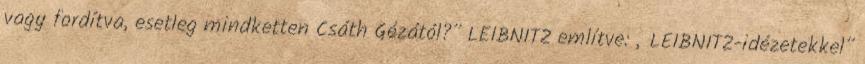
vagy fordítva, esetleg mindketten Csáth Gézától?” LEIBNITZ említve: „LEIBNITZ-idézetekkel”